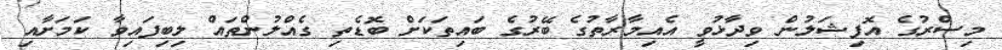
މިސްރުގެ އޮފިޝަލުން ވިދާޅުވީ އެއިމާރާތުގެ ބޭރުގެ ބައިތަކަށް ބޮޑެތި ގެއްލުންތައް ލިބިފައިވާ ކަމަށާއި